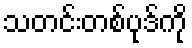
သတင်းတစ်ပုဒ်ကို